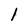
Character: l